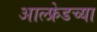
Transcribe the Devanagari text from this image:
आल्फ्रेडच्या